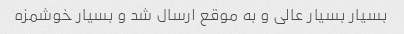
بسیار بسیار عالی و به موقع ارسال شد و بسیار خوشمزه